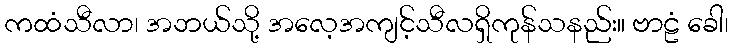
ကထံသီလာ၊ အဘယ်သို့ အလေ့အကျင့်သီလရှိကုန်သနည်း။ ဗာဠံ ခေါ၊